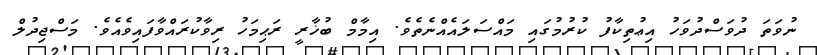
ނުވަތަ ދުވަސްދުވަހު އިޢުތިކާފު ކުރުމުގައި މައްސަލައެއްނެތެވެ. އިމާމް ބުޚާރީ ރަޙިމަހު ރިވާކުރައްވާފައިވެއެވެ. މަސްޖިދުލް